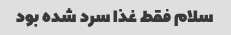
سلام فقط غذا سرد شده بود